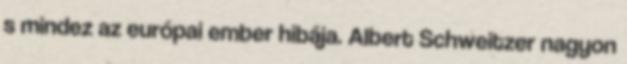
s mindez az európai ember hibája. Albert Schweitzer nagyon